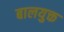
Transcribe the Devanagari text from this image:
बालयुक्त